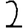
Digit: 2